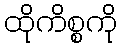
ထိုကိစ္စကို